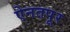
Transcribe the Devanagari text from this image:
ऐनतपूर